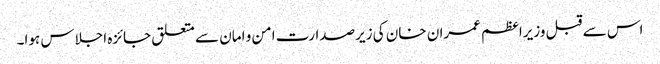
اس سے قبل وزیراعظم عمران خان کی زیرصدارت امن و امان سے متعلق جائزہ اجلاس ہوا۔